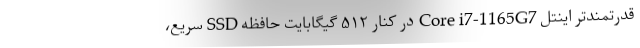
قدرتمندتر اینتل Core i7-1165G7 در کنار ۵۱۲ گیگابایت حافظه SSD سریع،